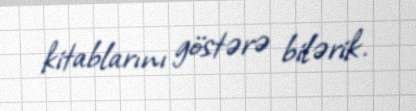
kitablarını göstərə bilərik.